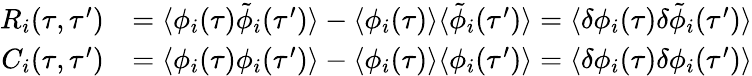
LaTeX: \begin{array}{rl}{R_{i}(\tau,\tau^{\prime})}&{=\langle\phi_{i}(\tau)\tilde{\phi}_{i}(\tau^{\prime})\rangle-\langle\phi_{i}(\tau)\rangle\langle\tilde{\phi}_{i}(\tau^{\prime})\rangle=\langle\delta\phi_{i}(\tau)\delta\tilde{\phi}_{i}(\tau^{\prime})\rangle}\\ {C_{i}(\tau,\tau^{\prime})}&{=\langle\phi_{i}(\tau)\phi_{i}(\tau^{\prime})\rangle-\langle\phi_{i}(\tau)\rangle\langle\phi_{i}(\tau^{\prime})\rangle=\langle\delta\phi_{i}(\tau)\delta\phi_{i}(\tau^{\prime})\rangle}\end{array}